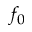
f _ { 0 }